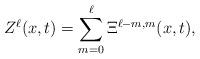
LaTeX: \begin{align*}Z^\ell (x,t)= \sum_{m=0}^{\ell} \Xi^{\ell-m,m}(x,t),\end{align*}